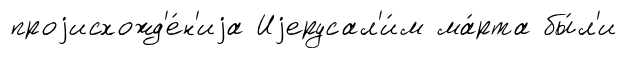
проjисхожд'е́н'иjа Иjерусал'и́м ма́рта бы́л'и